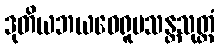
ဒုတိယဘယဝေရူပသန္တသုတ္တံ